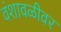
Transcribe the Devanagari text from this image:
वंशावळीवर